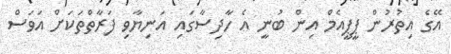
އޭގެ އިތުރުން ޕީޕީއެމް އިން ބުނީ އެ ހާދިސާގައި އަނިޔާވި ފަރާތްތަކަށް އަވަސް